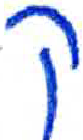
אות: ק